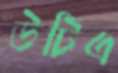
উটিএ